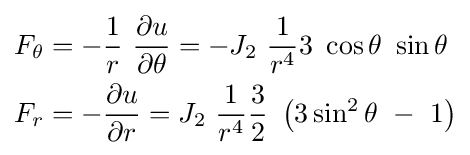
{\begin{aligned}F_{\theta }&=-{\frac {1}{r}}\ {\frac {\partial u}{\partial \theta }}=-J_{2}\ {\frac {1}{r^{4}}}3\ \cos \theta \ \sin \theta \\F_{r}&=-{\frac {\partial u}{\partial r}}=J_{2}\ {\frac {1}{r^{4}}}{\frac {3}{2}}\ \left(3\sin ^{2}\theta \ -\ 1\right)\end{aligned}}